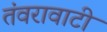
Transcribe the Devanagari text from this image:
तंवरावाटी